Civil Veterinary Department Bihar & Orissa reports 1911-21 - 1911-1921
Year: 1911
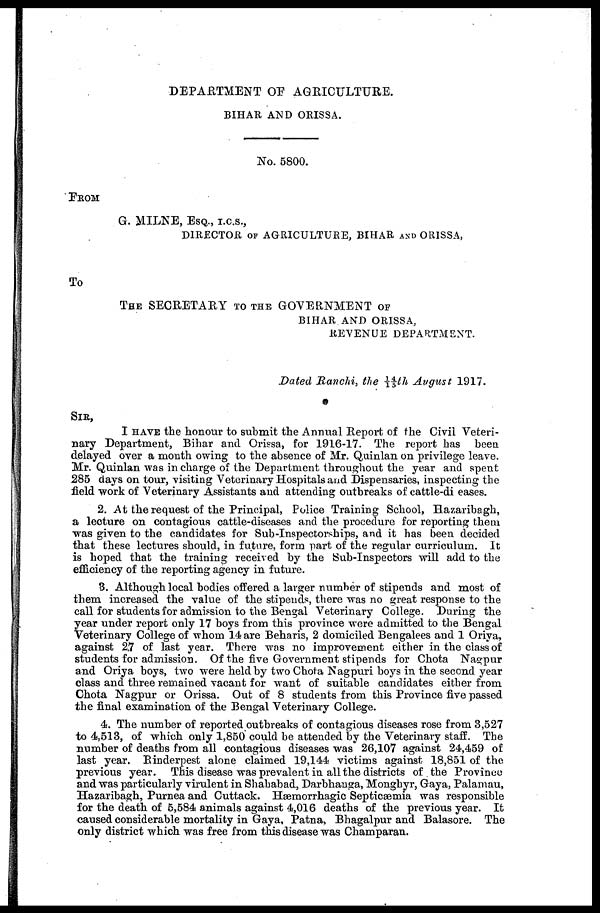
DEPARTMENT OF AGRICULTURE.
BIHAR AND ORISSA.
No. 5800.
FROM
G. MILNE, ESQ., I.C.S.,
DIRECTOR OF AGRICULTURE, BIHAR AND ORISSA,
To
THE SECRETARY TO THE GOVERNMENT OF
BIHAR AND ORISSA ,
REVENUE DEPARTMENT.
Dated Ranchi, the 14/15th August 1917.
SIR,
I HAVE the honour to submit the Annual Report of the Civil Veteri-
nary Department, Bihar and Orissa, for 1916-17. The report has been
delayed over a month owing to the absence of Mr. Quinlan on privilege leave.
Mr. Quinlan was in charge of the Department throughout the year and spent
285 days on tour, visiting Veterinary Hospitals and Dispensaries, inspecting the
field work of Veterinary Assistants and attending outbreaks of cattle-dieases.
2. At the request of the Principal, Police Training School, Bazaribagh,
a lecture on contagious cattle-diseases and the procedure for reporting them
was given to the candidates for Sub-Inspectorships, and it has been decided
that these lectures should, in future, form part of the regular curriculum. It
is hoped that the training received by the Sub-Inspectors will add to the
efficiency of the reporting agency in future.
3. Although local bodies offered a larger number of stipends and most of
them increased the value of the stipends, there was no great response to the
call for students for admission to the Bengal Veterinary College. During the
year under report only 17 boys from this province were admitted to the Bengal
Veterinary College of whom 14 are Beharis, 2 domiciled Bengalees and 1 Oriya,
against 27 of last year. There was no improvement either in the class of
students for admission. Of the five Government stipends for Chota Nagpur
and Oriya boys, two were held by two Chota Nagpuri boys in the second year
class and three remained vacant for want of suitable candidates either from
Chota Nagpur or Orissa. Out of 8 students from this Province five passed
the final examination of the Bengal Veterinary College.
4. The number of reported outbreaks of contagious diseases rose from 3,527
to 4,513, of which only 1,850 could be attended by the Veterinary staff. The
number of deaths from all contagious diseases was 26,107 against 24,459 of
last year. Rinderpest alone claimed 19,144 victims against 18,851 of the
previous year. This disease was prevalent in all the districts of the Province
and was particularly virulent in Shahabad, Darbhauga, Monghyr, Gaya, Palamau,
Hazaribagh, Purnea and Cuttack. Hæmorrhagic Septicæmia was responsible
for the death of 5,584 animals against 4,016 deaths of the previous year. It
caused considerable mortality in Gaya, Patna, Bhagalpur and Balasore. The
only district which was free from this disease was Champaran.